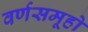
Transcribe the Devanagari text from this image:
वर्णसमूहो